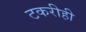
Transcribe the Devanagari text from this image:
टकरीही